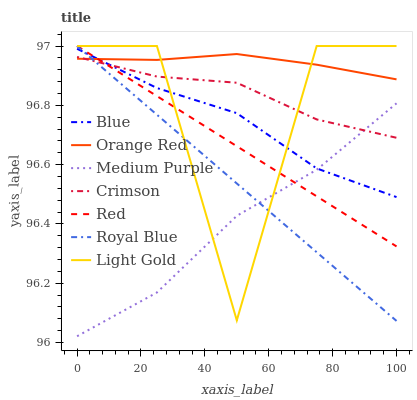
| xaxis_label | Blue | Orange Red | Medium Purple | Crimson | Red | Royal Blue | Light Gold |
 | --- | --- | --- | --- | --- | --- | --- | --- |
 | 0 | 97 | 97 | 96 | 97 | 97 | 97 | 97 |
 | 25 | 96.9 | 97 | 96.2 | 96.9 | 96.8 | 96.8 | 97 |
 | 50 | 96.8 | 97 | 96.4 | 96.9 | 96.7 | 96.5 | 96.1 |
 | 75 | 96.6 | 96.9 | 96.6 | 96.8 | 96.5 | 96.3 | 97 |
 | 100 | 96.5 | 96.9 | 96.8 | 96.7 | 96.3 | 96.1 | 97 |